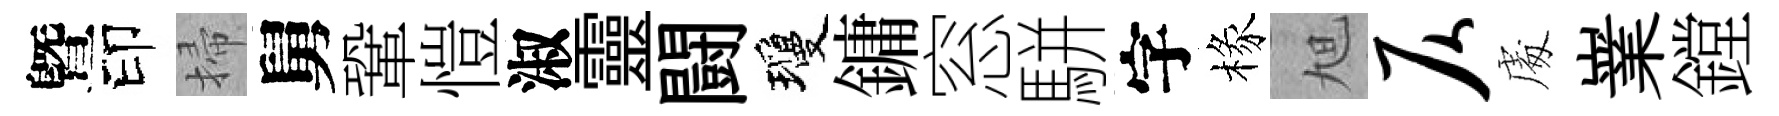
曁印掃舅鞏愷淑靈闘瓊鏞窓駢字椽旭仄䖏嶪鏜